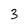
Character: 3